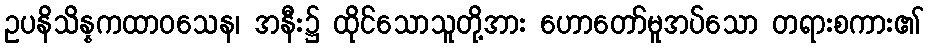
ဥပနိသိန္နကထာဝသေန၊ အနီး၌ ထိုင်သောသူတို့အား ဟောတော်မူအပ်သော တရားစကား၏